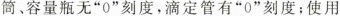
筒、容量瓶无”0”刻度，滴定管有”0”刻度；使用